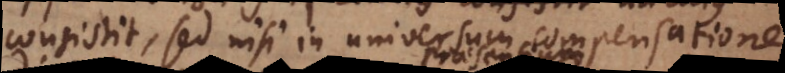
consistit, sed nisi in universum compensatione